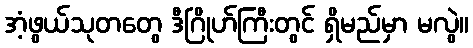
အံ့ဖွယ်သုတတွေ ဒီဂြိုဟ်ကြီးတွင် ရှိမည်မှာ မလွဲ။